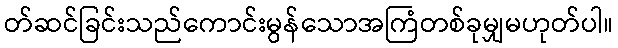
တ်ဆင်ခြင်းသည်ကောင်းမွန်သောအကြံတစ်ခုမျှမဟုတ်ပါ။